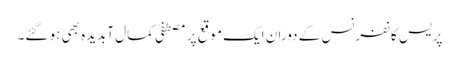
پریس کانفرنس کے دوران ایک موقع پر مصطفیٰ کمال آبدیدہ بھی ہو گئے۔